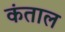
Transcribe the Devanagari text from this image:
कंताल